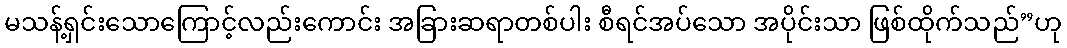
မသန့်ရှင်းသောကြောင့်လည်းကောင်း အခြားဆရာတစ်ပါး စီရင်အပ်သော အပိုင်းသာ ဖြစ်ထိုက်သည်”ဟု